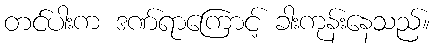
တင်ပါးက ဒဏ်ရာကြောင့် ခါးကုန်းနေသည်။